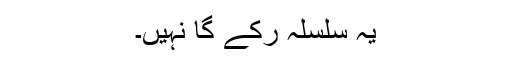
یہ سلسلہ رکے گا نہیں۔